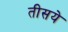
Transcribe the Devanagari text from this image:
तीसये